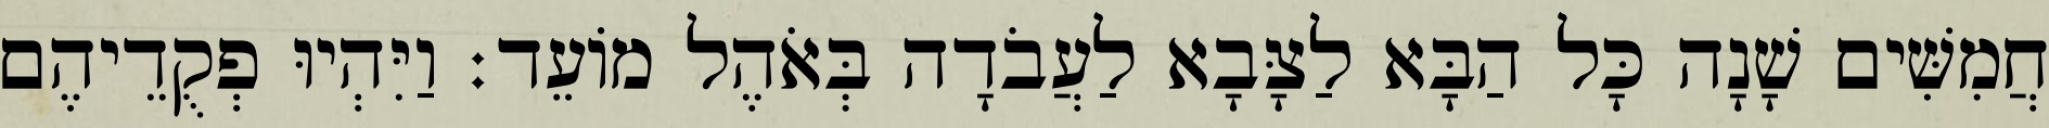
חֲמִשִּׁים שָׁנָה כָּל הַבָּא לַצָּבָא לַעֲבֹדָה בְּאֹהֶל מוֹעֵד׃ וַיִּהְיוּ פְקֻדֵיהֶם